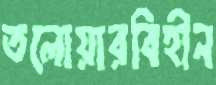
তলোয়ারবিহীন